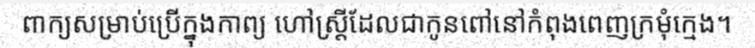
ពាក្យសម្រាប់ប្រើក្នុងកាព្យ ហៅស្ត្រីដែលជាកូនពៅនៅកំពុងពេញក្រមុំក្មេង។